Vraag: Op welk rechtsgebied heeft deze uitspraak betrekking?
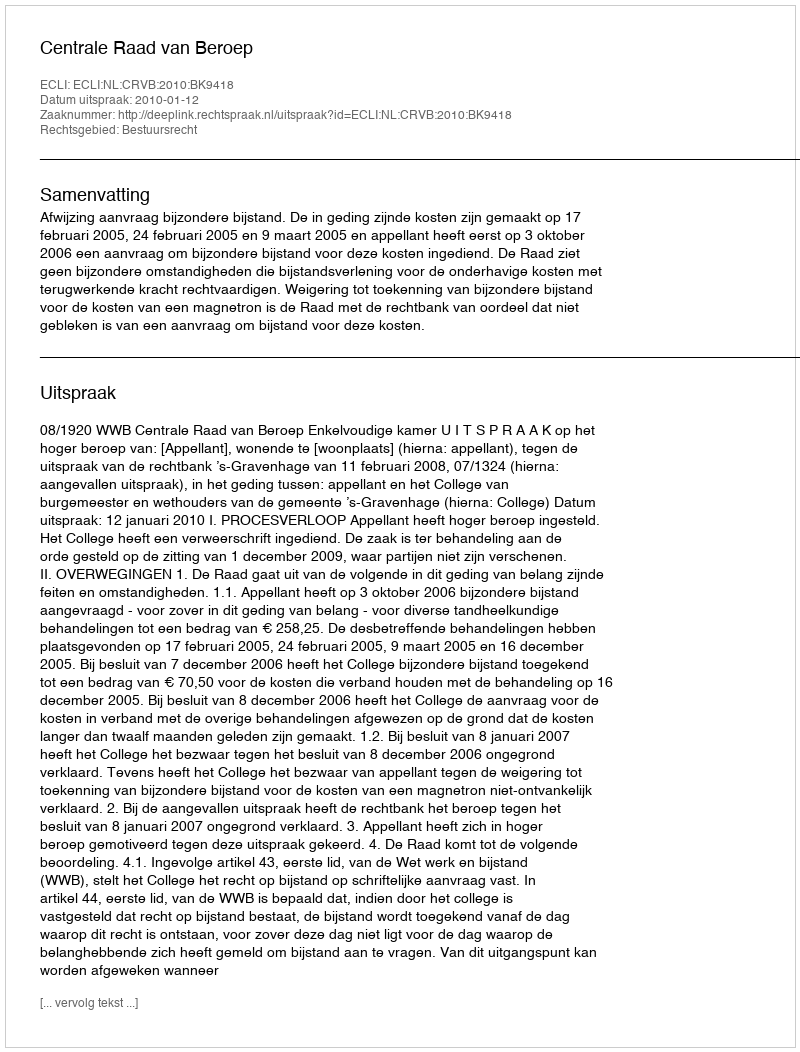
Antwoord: Bestuursrecht